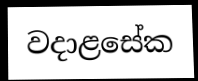
වදාළසේක